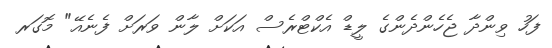
ފަހު ވިންދާ ޖެހެންދެންގެ ލީޑް އެކްޓްރެސް އަކަށް ލާން ވަރަށް ފެނެއޭ" މޮގަރ